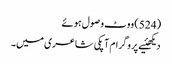
(524) ووٹ وصول ہوئے
دیکھئیے پروگرام آپکی شاعری میں۔